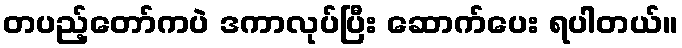
တပည့်တော်ကပဲ ဒကာလုပ်ပြီး ဆောက်ပေး ရပါတယ်။